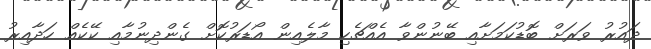
ދައުރު ވަރަށް ބޮޑުކަމަށާއި ބޭނުންވާ އެއްޗެހި މާލެއިން އޯޑަރުކޮށް ގެެންދިނުމާއި ކޭކެއް ހަދާއިރު